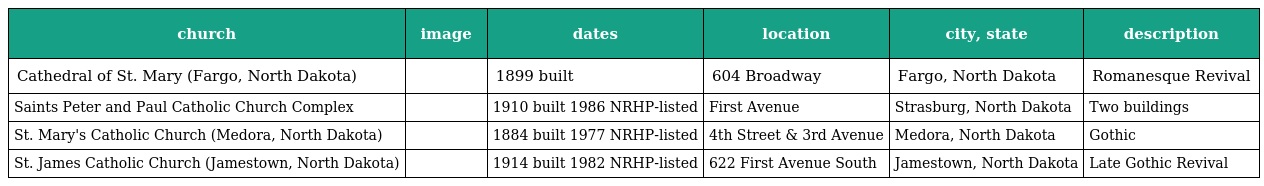
| church | image | dates | location | city, state | description |
 | --- | --- | --- | --- | --- | --- |
 | Cathedral of St. Mary (Fargo, North Dakota) |  | 1899 built | 604 Broadway | Fargo, North Dakota | Romanesque Revival |
 | Saints Peter and Paul Catholic Church Complex |  | 1910 built 1986 NRHP-listed | First Avenue | Strasburg, North Dakota | Two buildings |
 | St. Mary's Catholic Church (Medora, North Dakota) |  | 1884 built 1977 NRHP-listed | 4th Street & 3rd Avenue | Medora, North Dakota | Gothic |
 | St. James Catholic Church (Jamestown, North Dakota) |  | 1914 built 1982 NRHP-listed | 622 First Avenue South | Jamestown, North Dakota | Late Gothic Revival |